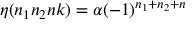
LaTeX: \eta ( n _ { 1 } n _ { 2 } n k ) = \alpha ( - 1 ) ^ { n _ { 1 } + n _ { 2 } + n }